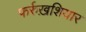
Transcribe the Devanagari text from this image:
फर्रुख़शियार